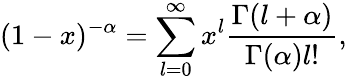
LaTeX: (1-x)^{-\alpha}=\sum_{l=0}^{\infty}x^{l}\frac{\Gamma(l+\alpha)}{\Gamma(\alpha)l!},